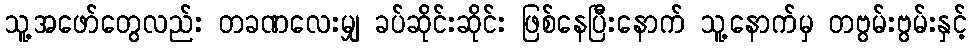
သူ့အဖော်တွေလည်း တခဏလေးမျှ ခပ်ဆိုင်းဆိုင်း ဖြစ်နေပြီးနောက် သူ့နောက်မှ တဗွမ်းဗွမ်းနှင့်